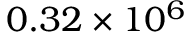
0 . 3 2 \times 1 0 ^ { 6 }